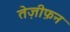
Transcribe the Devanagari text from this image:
तेज़ीफ़न